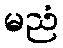
မညံ